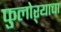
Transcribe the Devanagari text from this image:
फुलोऱ्याचा